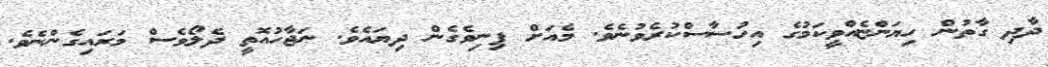
ދާދި ގާތުން ހިޔަންޏެއްވީކަމުގެ އިހުސާސްކުރެވުނެވެ. މެއަށް ފިނިވެގެން ދިޔައެވެ. ނަޖާހުއޮތީ ދެލޯވެސް މަރައިގެންނެވެ.